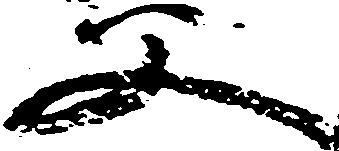
父